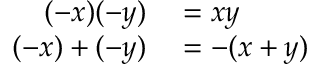
\begin{array} { r l } { ( - x ) ( - y ) } & { { } = x y } \\ { ( - x ) + ( - y ) } & { { } = - ( x + y ) } \end{array}